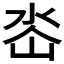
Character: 𭖜